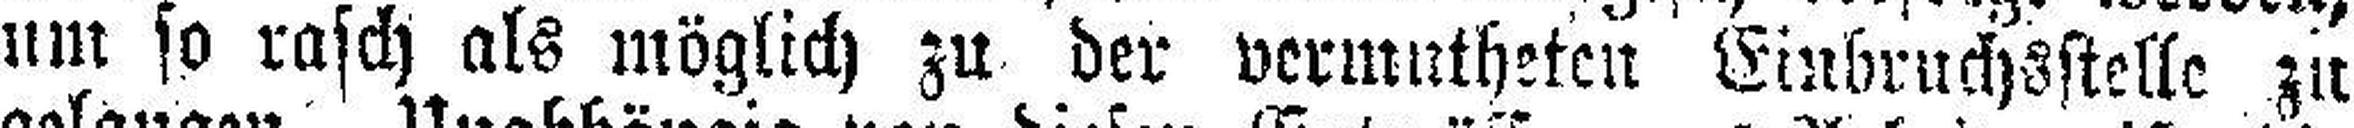
um so rasch als möglich zu der vermutheten Einbruchsstelle zu